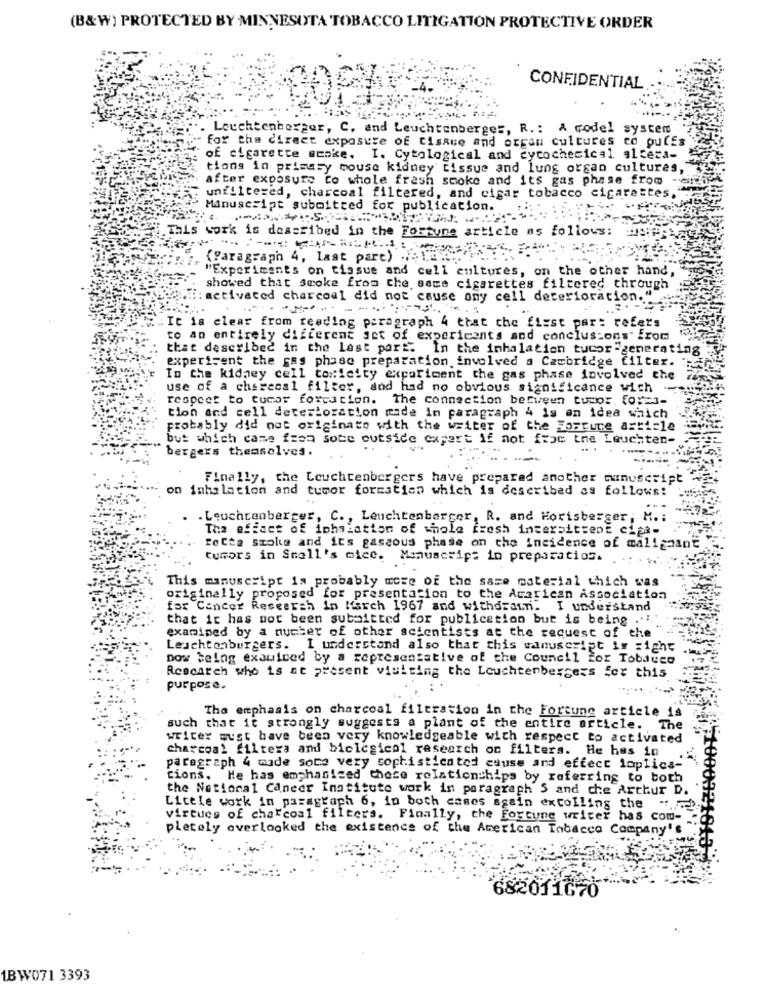
(B&W) PROTECTED BY MINNESOTA TOBACCO LITIGATION PROTECTIVE ORDER
CONFIDENTIAL
Leuchtenberger, C. and Leuchtenberger, R .: A codel system
for the direct exposure of Cisaue and organ cultures co puffs
of cigarette smoke. I. Cytological and cycochemical altera-
tions in primary mouse kidney tissue and lung organ cultures,
after exposure to whole fresh smoke and its gas phase from -
unfiltered, charcoal filtered, and cigar tobacco cigarettes,"
Manuscript submitted for publication.
This work is described in the Fortune article as follows:
(Paragraph 4, last part) ,: 12 ...
"Experiments on tissue and cell cultures, on the other hand,
showed that smoke from the same cigarettes filtered through
: activated charcoal did not cause ony cell deterioration."
.------
It is clear from reading paragraph 4 ttat the first part refers
to an entirely different set of experiments and conclus-ons" from
that described in the last part. In the inhalation tucor-generating
experisent the gas phase preparation involved a Cambridge filter.
In the kidney cell toxicity experiment the gas phase involved the
use of a cherecal filter, and had no obvious significance with
respect to turar formation. The connection between tumor, for=3-
tion and cell deterioration made in paragraph 4 is an idea which
probably did not originate with the writer of the Fortune asti=10
but which came frea sote outside expert if not frac the Leuchten-
bergers themselves.
Finally, the Leuchtenbergers have prepared another manuscript
on inhalation and tumor forestian which is described as follows:
. Leuchtenberger, C ., Leuchtenberger, R. and Horisberger; M .:
The effect of iphalation of whole fresh intermittent cipa-
fette stole and its gaseous phase on the incidence of malignant
tumors in Small's mice. Manuscript in preparation.
This manuscript is probably more of the same material which was
originally proposed for presentation to the American Association
for Cancer Research In March 1967 and withdrammi. I understand
that it has not been submitted for publication but is being .... "
examined by a number of other scientists at the request of the
Leuchtenbergers. I understand also that this manuscript is =ight
Dow being exawiced by a representative of the Council for Tobacco
Rescarch who is at present visiting the Leuchtenbergers for this
purpose.
The emphasis on charcoal filtration in the Fortune article is
such that it strongly suggests a plant of the entire article. The
writer must have been very knowledgeable with respect to activated
charcoal filtera and bicicsical research on filters. He has in
paragraph 4 made some very sophisticated cause and effect loplics-
cions. He has emphasized these relationships by referring to both
the National Cancer Institute work in paragraph S and che Arthur D.
Little work in paragraph 6, in both cases again excolling the .....
virtues of charcoal filters. Finally, the Fortune writer has com-
pletely overlooked the existence of the American Tobacco Company's
682011670
1BW071 3393